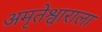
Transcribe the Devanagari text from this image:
अमृतेश्वाराला